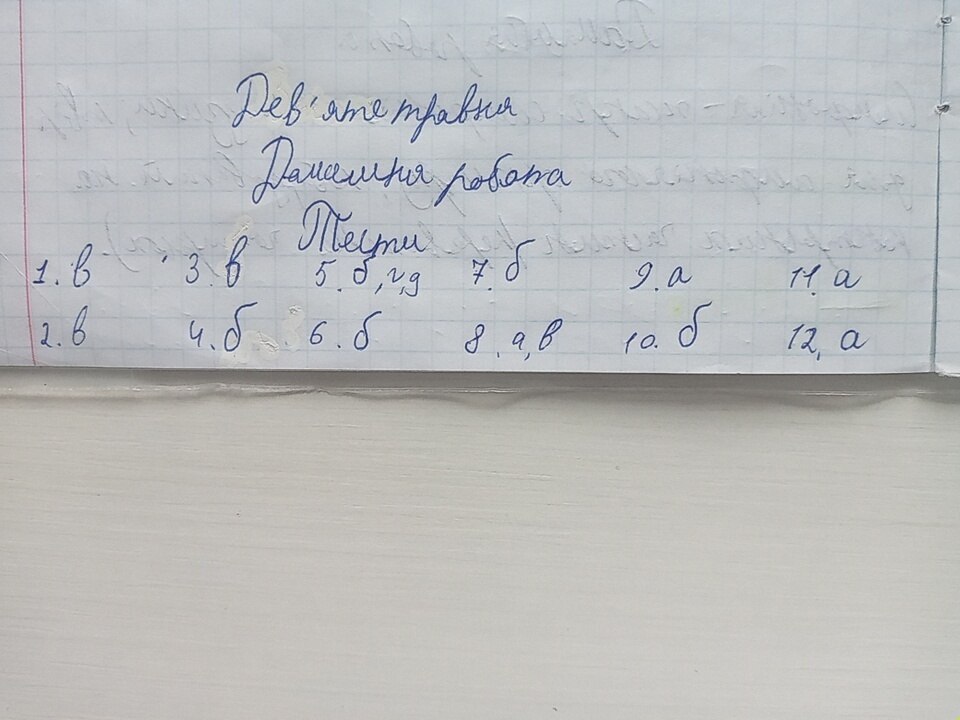
Дев'яте травня
Домашня робота
Тести
1. в   3. в   5. б, г, д   7. б   9. а   11. а
2. в   4. б   6. б   8. а, в   10. б   12. а